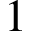
1